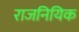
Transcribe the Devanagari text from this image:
राजनियिक